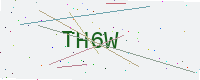
Text: TH6W